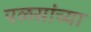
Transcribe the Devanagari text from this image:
पळसांच्या